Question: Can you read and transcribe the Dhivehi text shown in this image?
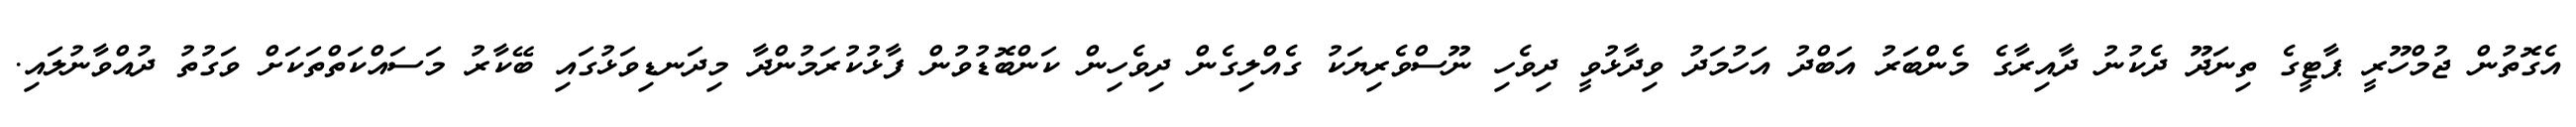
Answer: އެގޮތުން ޖުމްހޫރީ ޕާޓީގެ ތިނަދޫ ދެކުނު ދާއިރާގެ މެންބަރު އަބްދު އަހުމަދު ވިދާޅުވީ ދިވެހި ނޫސްވެރިޔަކު ގެއްލިގެން ދިވެހިން ކަންބޮޑުވުން ފާޅުކުރަމުންދާ މިދަނޑިވަޅުގައި ބޭކާރު މަސައްކަތްތަކަށް ވަގުތު ދުއްވާނުލައި.